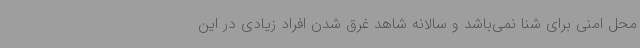
محل امنی برای شنا نمی‌باشد و سالانه شاهد غرق شدن افراد زیادی در این